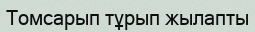
Томсарып тұрып жылапты